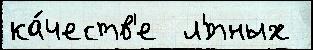
ка́честв'е  л'́тных